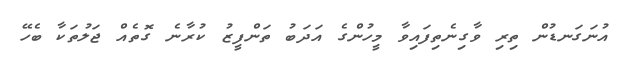
އުނަގަނޑުން ތިރި ވާގިނެތިފައިވާ މީހުންގެ އަދަބު ތަންފީޒު ކުރާނެ ގޮތެއް ޖަލުތަކާ ބެހޭ